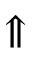
\Uparrow